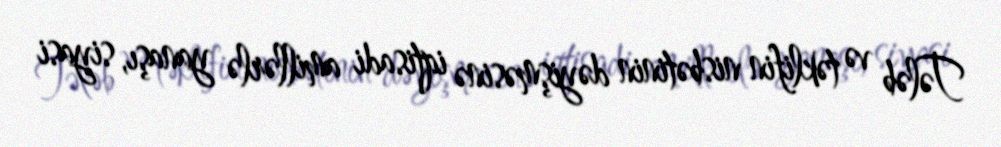
Tələb və təklifin nisbətinin dəyişməsinə iqtisadi amillərlə yanaşı, siyasi